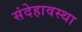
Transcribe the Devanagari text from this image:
संदेहावस्था